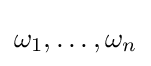
\textstyle \omega _{1},\ldots ,\omega _{n}